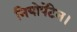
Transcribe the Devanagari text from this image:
नियोपेंटेन।